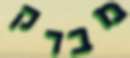
מברק